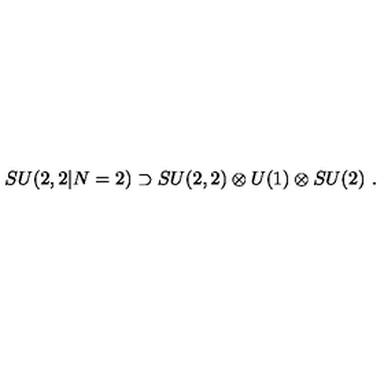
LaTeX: S U ( 2 , 2 | N = 2 ) \supset S U ( 2 , 2 ) \otimes U ( 1 ) \otimes S U ( 2 ) \ .